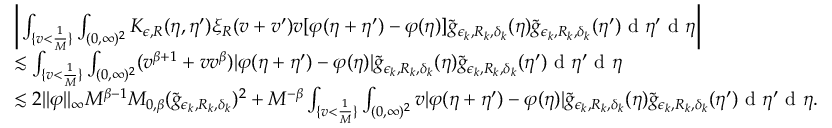
\begin{array} { r l } & { \bigg | \int _ { \{ v < \frac { 1 } { M } \} } \int _ { ( 0 , \infty ) ^ { 2 } } K _ { \epsilon , R } ( \eta , \eta ^ { \prime } ) \xi _ { R } ( v + v ^ { \prime } ) v [ \varphi ( \eta + \eta ^ { \prime } ) - \varphi ( \eta ) ] \tilde { g } _ { \epsilon _ { k } , R _ { k } , \delta _ { k } } ( \eta ) \tilde { g } _ { \epsilon _ { k } , R _ { k } , \delta _ { k } } ( \eta ^ { \prime } ) \textup { d } \eta ^ { \prime } \textup { d } \eta \bigg | } \\ & { \lesssim \int _ { \{ v < \frac { 1 } { M } \} } \int _ { ( 0 , \infty ) ^ { 2 } } ( v ^ { \beta + 1 } + v v ^ { \beta } ) | \varphi ( \eta + \eta ^ { \prime } ) - \varphi ( \eta ) | \tilde { g } _ { \epsilon _ { k } , R _ { k } , \delta _ { k } } ( \eta ) \tilde { g } _ { \epsilon _ { k } , R _ { k } , \delta _ { k } } ( \eta ^ { \prime } ) \textup { d } \eta ^ { \prime } \textup { d } \eta } \\ & { \lesssim 2 | | \varphi | | _ { \infty } M ^ { \beta - 1 } M _ { 0 , \beta } ( \tilde { g } _ { \epsilon _ { k } , R _ { k } , \delta _ { k } } ) ^ { 2 } + M ^ { - \beta } \int _ { \{ v < \frac { 1 } { M } \} } \int _ { ( 0 , \infty ) ^ { 2 } } v | \varphi ( \eta + \eta ^ { \prime } ) - \varphi ( \eta ) | \tilde { g } _ { \epsilon _ { k } , R _ { k } , \delta _ { k } } ( \eta ) \tilde { g } _ { \epsilon _ { k } , R _ { k } , \delta _ { k } } ( \eta ^ { \prime } ) \textup { d } \eta ^ { \prime } \textup { d } \eta . } \end{array}